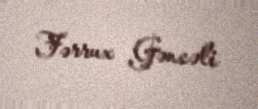
Fərrux Gəncəli